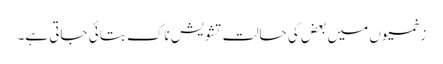
زخمیوں میں بعض کی حالت تشویش ناک بتائی جاتی ہے۔